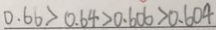
0 . 6 6 > 0 . 6 4 > 0 . 6 0 6 > 0 . 6 0 4